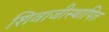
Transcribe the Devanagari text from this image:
शिवाजीस्थापित